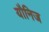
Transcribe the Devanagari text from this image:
यौनिज